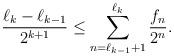
LaTeX: \begin{align*} \frac{\ell_k-\ell_{k-1}}{2^{k+1}} \le \sum_{n=\ell_{k-1}+1}^{\ell_k}\frac{f_n}{2^n}.\end{align*}